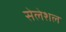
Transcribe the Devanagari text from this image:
सेलेशल